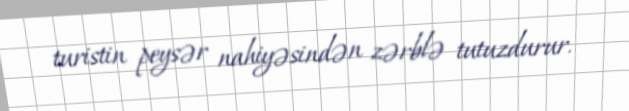
turistin peysər nahiyəsindən zərblə tutuzdurur.